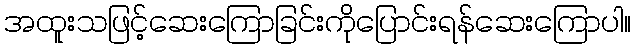
အထူးသဖြင့်ဆေးကြောခြင်းကိုပြောင်းရန်ဆေးကြောပါ။